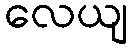
လေယျ